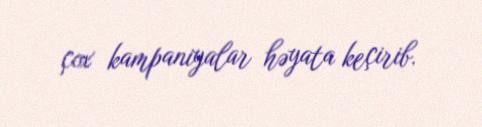
çox kampaniyalar həyata keçirib.